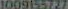
1009155727